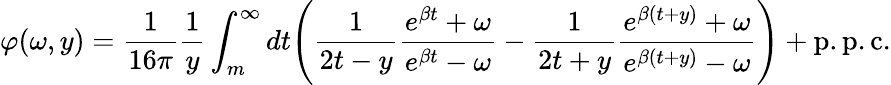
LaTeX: \varphi(\omega,y)=\frac{1}{16\pi}\frac{1}{y}\int_{m}^{\infty}dt\Bigg(\frac{1}{2t-y}\frac{e^{\beta t}+\omega}{e^{\beta t}-\omega}-\frac{1}{2t+y}\frac{e^{\beta(t+y)}+\omega}{e^{\beta(t+y)}-\omega}\Bigg)+\mathrm{p.p.c.}